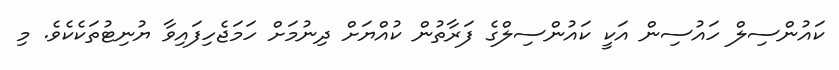
ކައުންސިލް ހައުސިން އަކީ ކައުންސިލްގެ ފަރާތުން ކުއްޔަށް ދިނުމަށް ހަމަޖެހިފައިވާ ޔުނިޓުތަކެކެވެ. މި